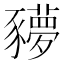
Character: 𧲍